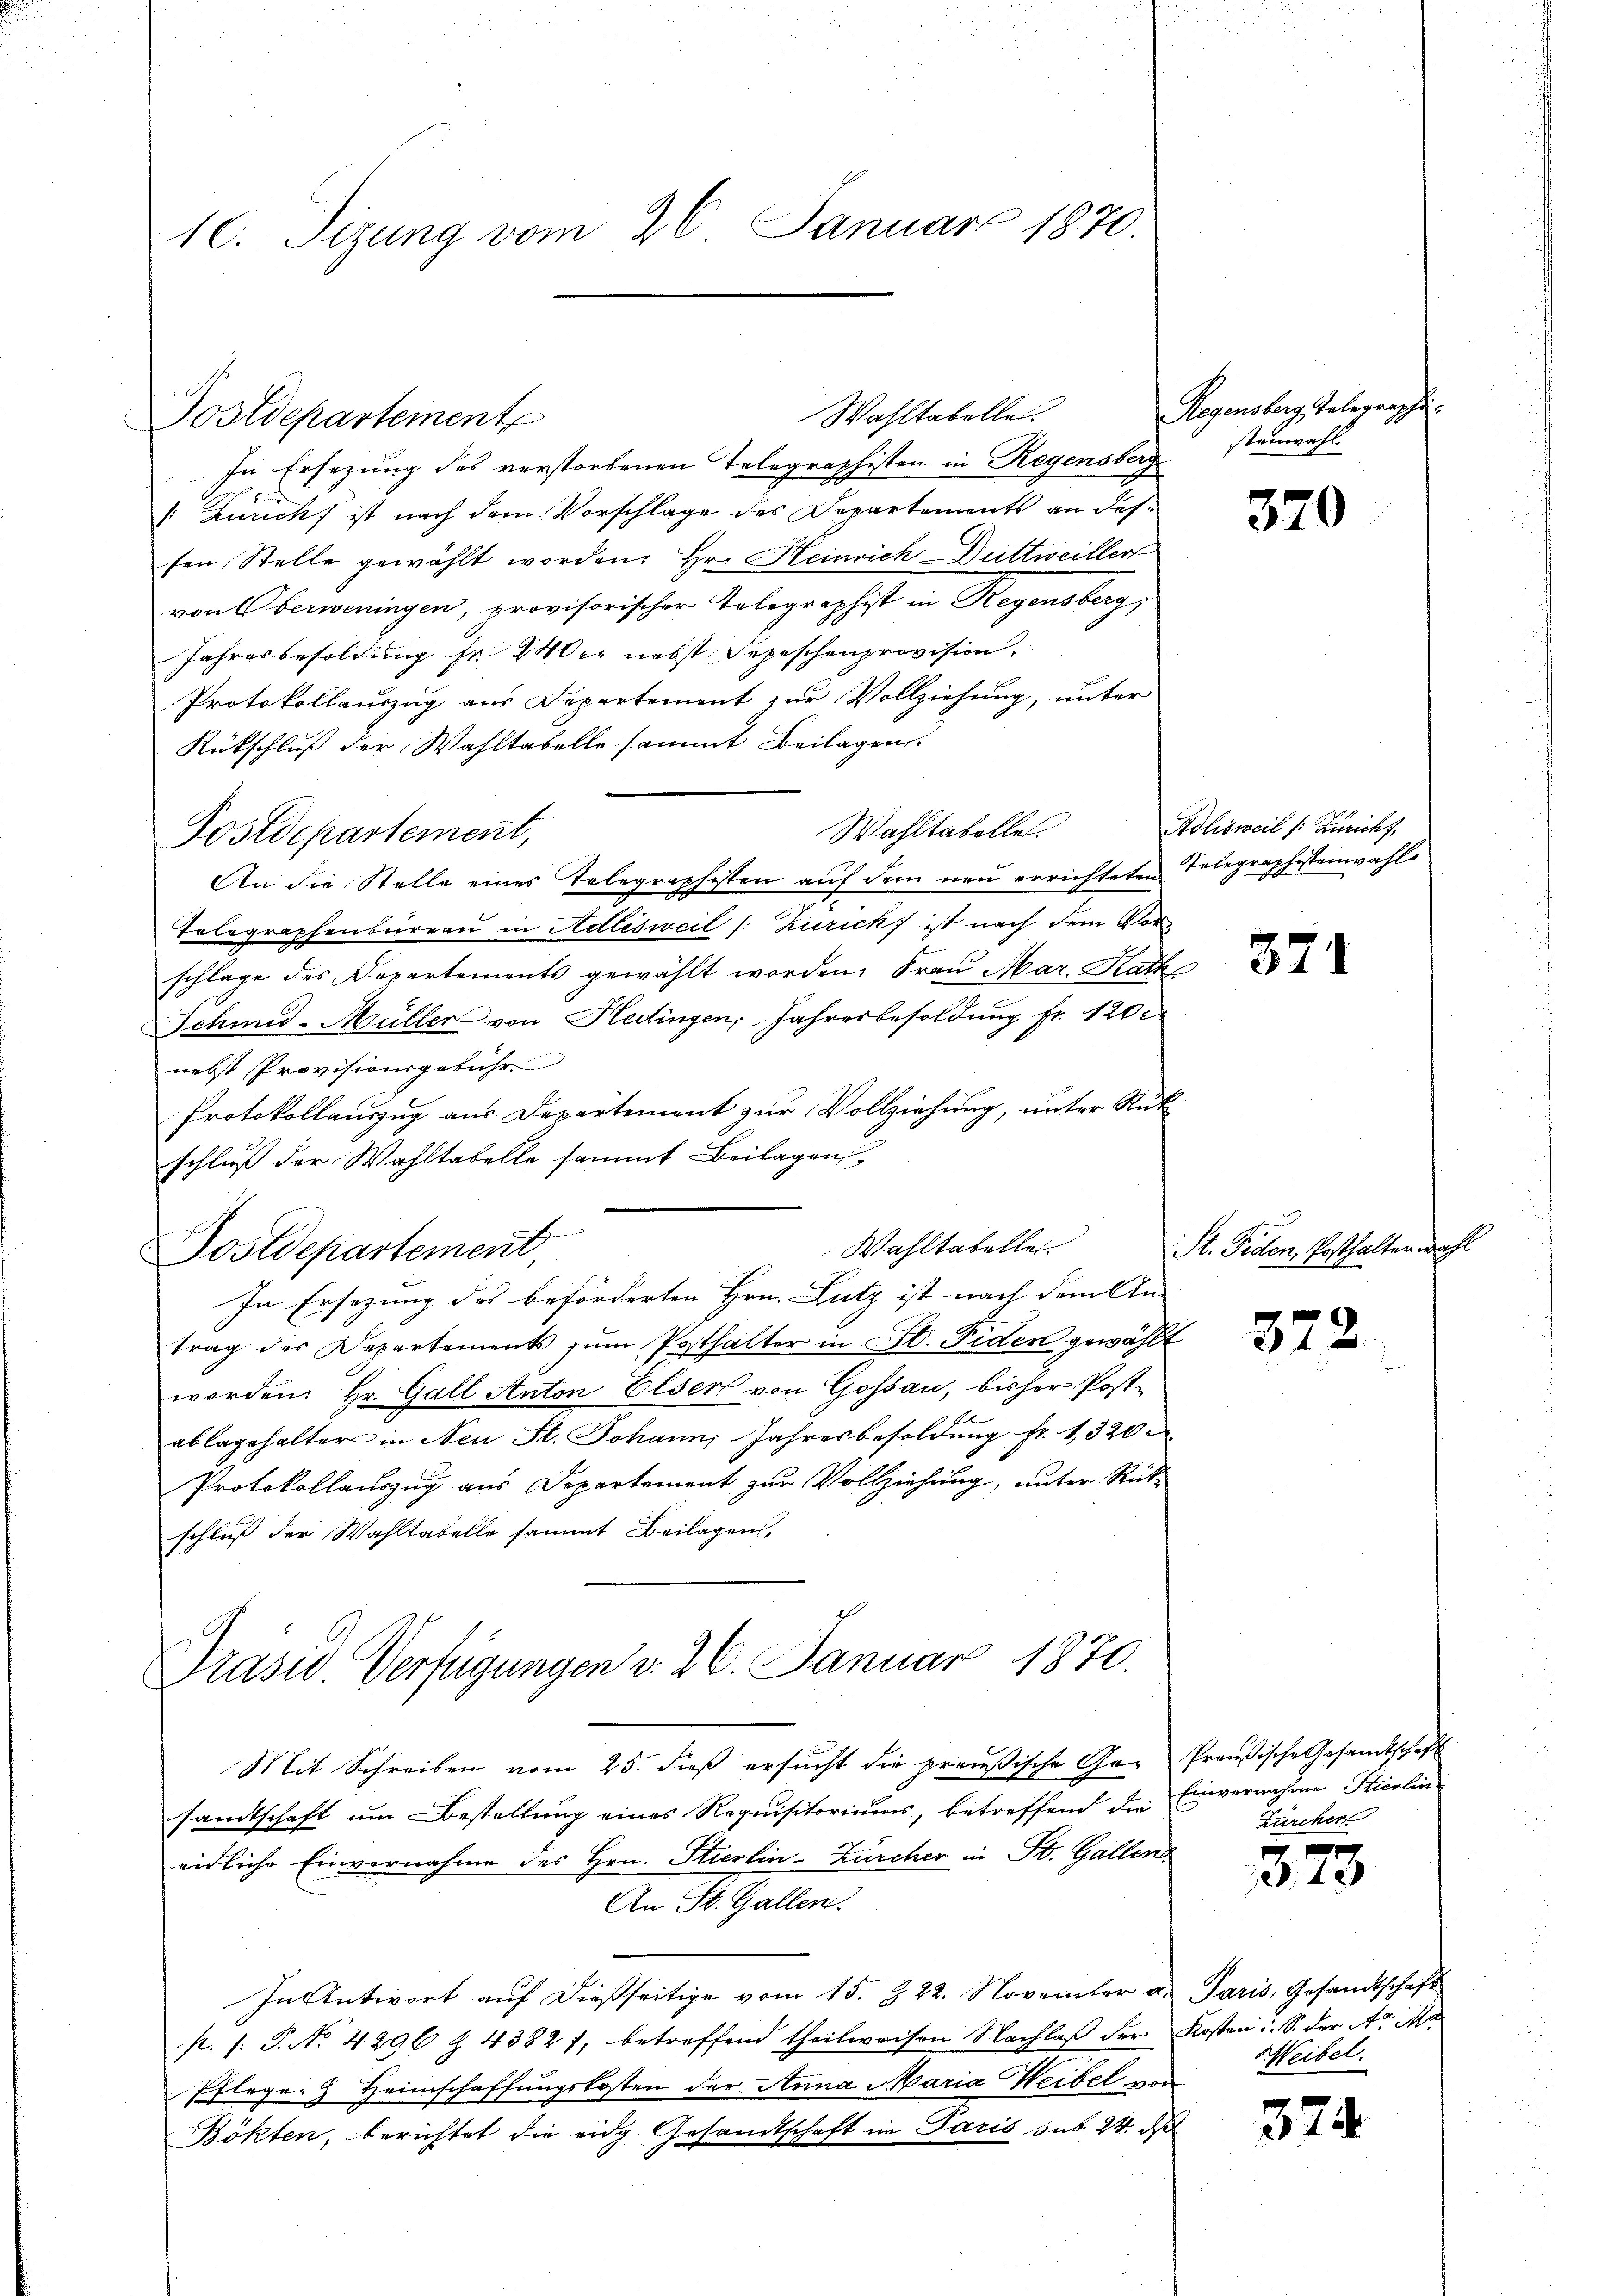
10. Sizung vom 26. Januar 1870.

Postdepartement

Wahltabelle.

In Ersezung des verstorbenen Telegraphisten in Regensbergstenmahl
 Züricht ist nach dem Vorschlage des Departements an dessen Stelle gewählt worden, Hr. Heinrich Duttweiller
von Oberweningen, provisorischer Telegraphist in Regensberg,
Jahresbesoldung fr 240 er nebst Depeschenprovision.
Protokollauszug aus Departement zur Vollziehung, unter
Rückschluß der Wahltabelle sammt Beilagen.
Wahltabellet
Postdepartement,
An die Stelle eines Telegraphisten auf dem neu errichteten Telegraphistenwahle
Telegraphenbureau in Adlisweil (: Zürich ist nach dem Vorschlage des Departements gewählt worden. Frau Mar. Rath
Schmid-Müller von Hedingen, Jahresbesoldung fr. 120
nebst Provisionsgebühr
Protokollauszug aus Departement zur Vollziehung, unter Rück
schluß der Wahltabelle sammt Beilagen
Wahltabellet
Postdepartement,
In Ersezung des beförderten Hrn. Lutz ist nach dem An-
trag des Departements zum Posthalter in St. Fiden gewählt
worden: Hr. Gall Anton Elser von Gossau, bisher Post-

ablagehalter in Neu St. Johann, Jahresbesoldung fr. 1320
Protokollauszug aus Departement zur Vollziehung, unter Rückschluß der Wahltabelle sammt Beilagen
Präsid. Verfügungen v. 26. Januar 1870.
Mit Schreiben vom 25. dieß ersucht die preußische Ge- Preußische Gesandtschaft
sandtschaft um Bestellung eines Requisitoriums, betreffend die Einvernahme Stierlin
eidliche Einvernahme des Hrn. Stierlin-Zürcher in St. Gallen.
An St. Gallen.
In Antwort aŭf dießseitige vom 15. d. 22. November u. Paris, Gesandtschaft
p. /: P. No. 4296 Z. 4382 f. betreffend theilweisen Nachlaβ der Kosten i. S. der Art. Ma
Pflege. Heimschaffungskosten der Anna Maria Weibel von
Bökten, berichtet die eidg. Gesandtschaft in Paris sub 24. ds

Regensberg, Telegraphi

370

Adlisweil (: Züricht,

371

St. Fiden, Posthalterwahl

372.

Zürcher

373

Weibel.

374